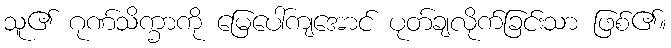
သူ၏ ဂုဏ်သိက္ခာကို မြေပေါ်ကျအောင် ပုတ်ချလိုက်ခြင်းသာ ဖြစ်၏။